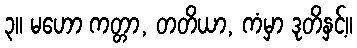
၃။ မဟော ကတ္တာ, တတိယာ, ကံမှာ ဒုတိနှင့်။